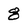
Character: 8